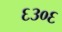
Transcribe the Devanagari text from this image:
६३०६